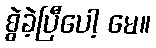
စွဲခဲ့ပြီပေါ့ မေ။